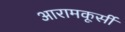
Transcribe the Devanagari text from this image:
आरामकूर्सी